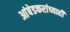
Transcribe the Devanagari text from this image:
आंबेडकरांच्याही